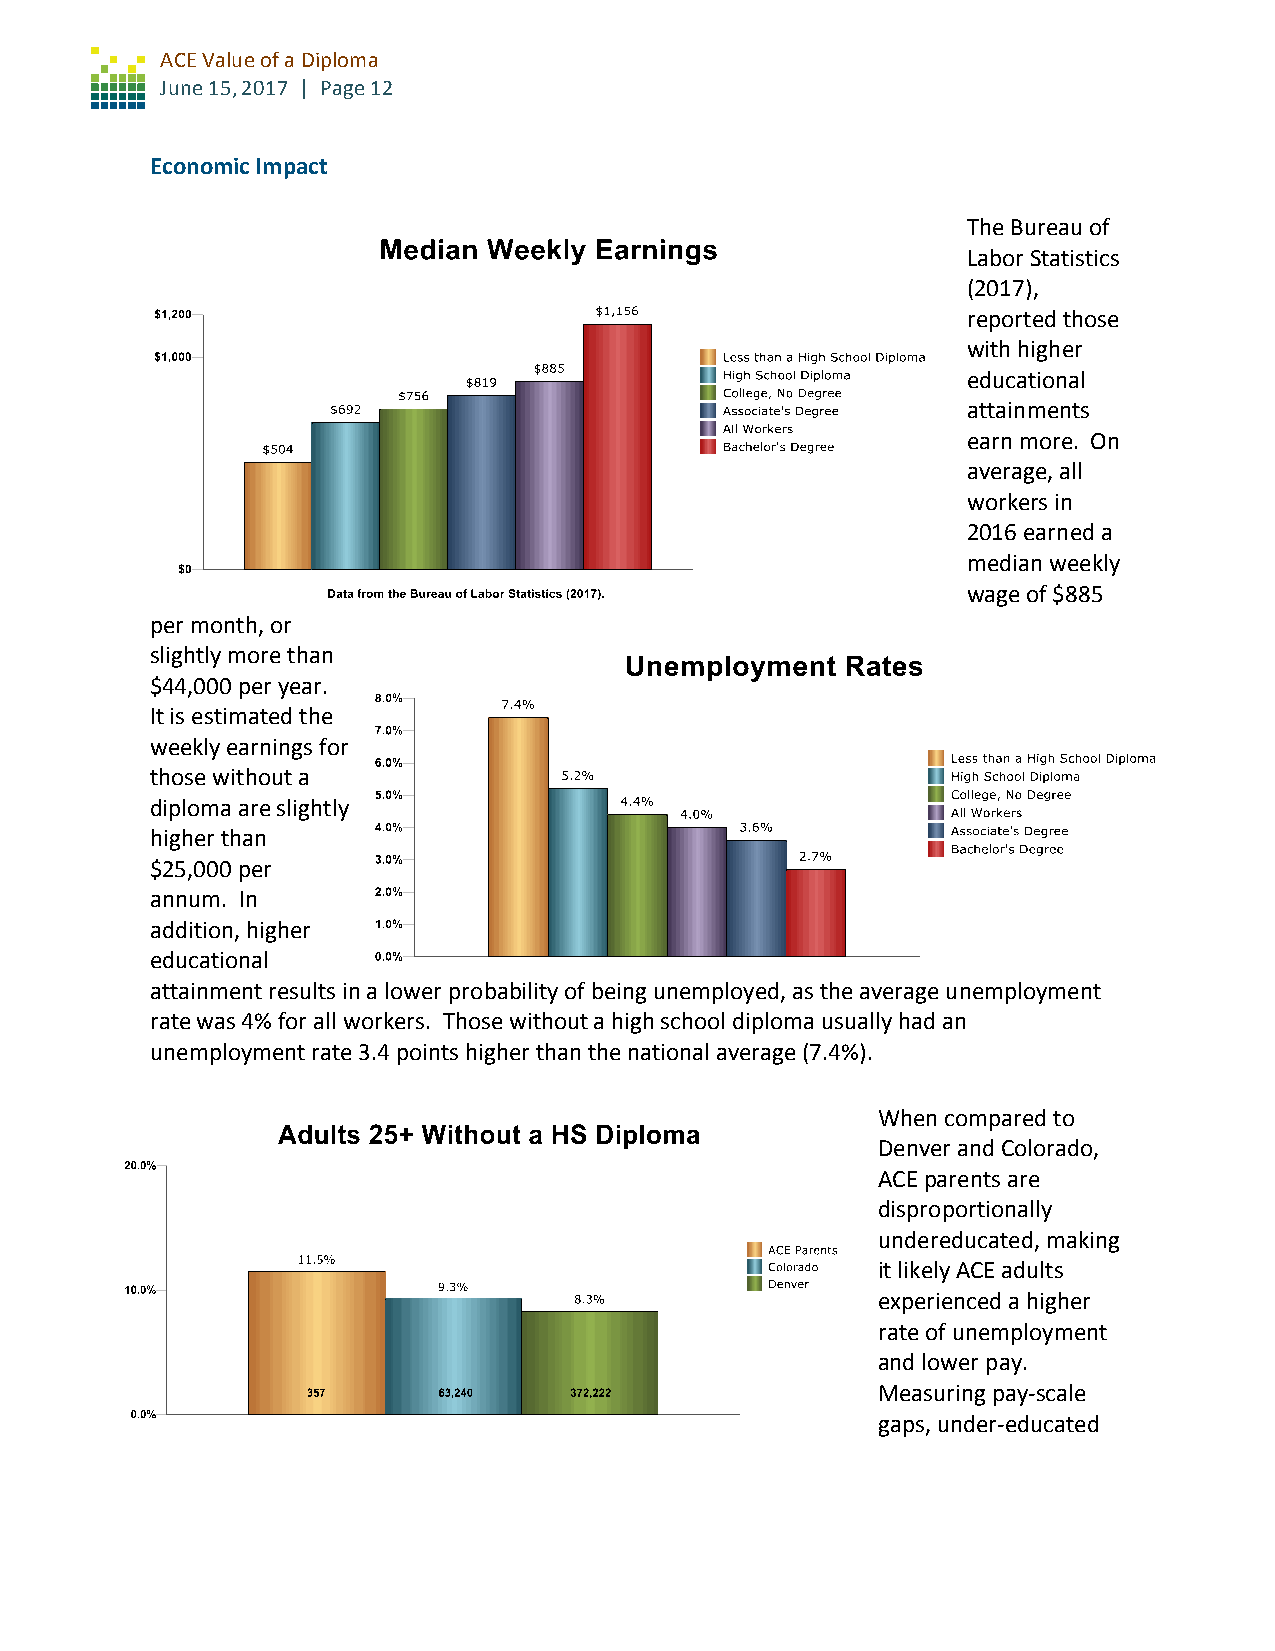
ACE Value of a Diploma
 June 15, 2017 | Page 12
 Economic Impact
 The Bureau of
 Labor Statistics
 (2017),
 reported those
 with higher
 educational
 attainments
 earn more. On
 average, all
 workers in
 2016 earned a
 median weekly
 wage of $885
 per month, or
 slightly more than
 $44,000 per year.
 It is estimated the
 weekly earnings for
 those without a
 diploma are slightly
 higher than
 $25,000 per
 annum. In
 addition, higher
 educational
 attainment results in a lower probability of being unemployed, as the average unemployment
 rate was 4% for all workers. Those without a high school diploma usually had an
 unemployment rate 3.4 points higher than the national average (7.4%).
 When compared to
 Denver and Colorado,
 ACE parents are
 disproportionally
 undereducated, making
 it likely ACE adults
 experienced a higher
 rate of unemployment
 and lower pay.
 Measuring pay-scale
 gaps, under-educated